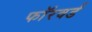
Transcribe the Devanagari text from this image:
फाॅरवर्ड